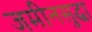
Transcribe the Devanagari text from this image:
जमीनसुद्धा